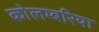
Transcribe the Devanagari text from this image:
कोलम्बरिया